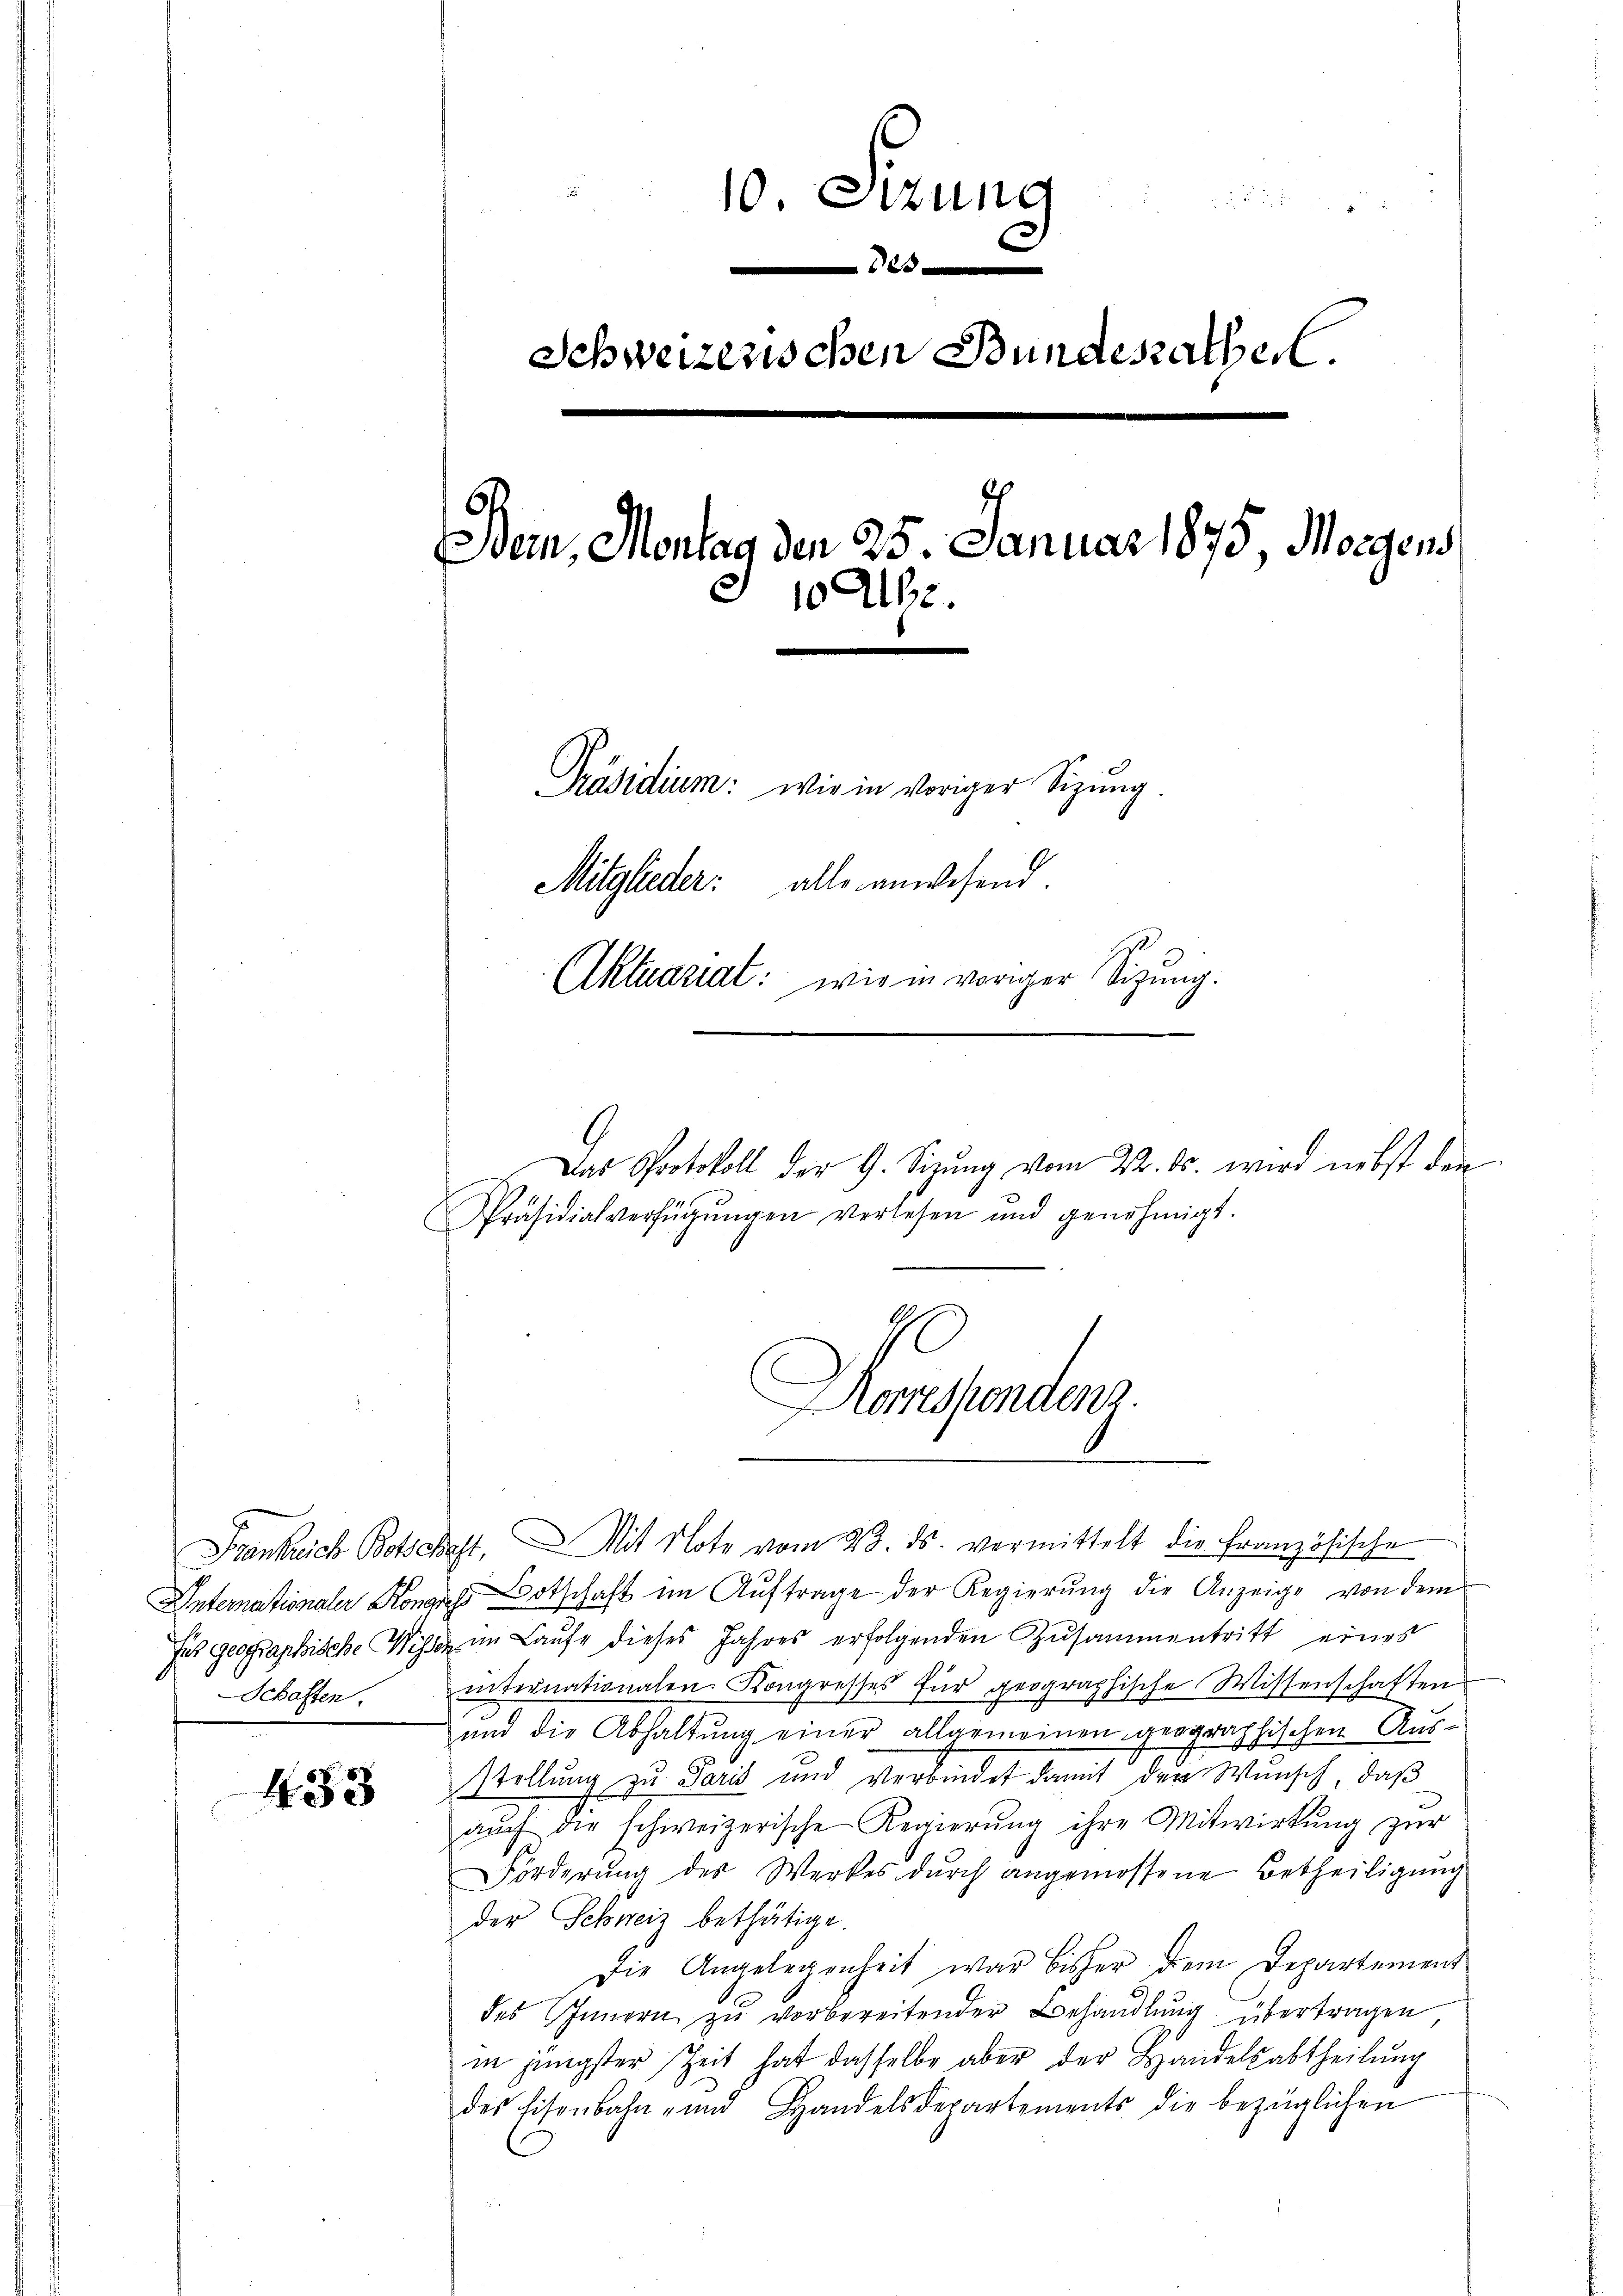
Schaften.

433

1
10. Sitzung

Schweizerischen Bundesrathe.
Ben, Montag den 25. Januar 1875, Morgens
10 Uhr.
Präsidium: wir in voriger Sitzung.
Mitglieder: alle anwesend.
Aktuariat: wie in voriger Sitzung.

Präsidialverfügŭngen verlesen und genehmigt.

Frankrich Botschaft, Mit Note vom 23. ds. vermittelt die Französische
Unternationaler Kons Botschaft im Auftrage der Regierung die Anzeige von dem
fus geographische Wisse im Laŭfe dieses Jahres erfolgenden Zusammentritt eines
internationalen Kongresses für geographische Wissenschaften
und die Abhaltŭng einer allgemeinen geographischen Ausstellung zu Paris und Verbindet damit der Wunsch, daß
aŭch die schweizerische Regierŭng ihre Mitwirkung zŭr
Forderung des Werkes durch angemessene Betheiligung
der Schweiz bethätige.
Die Angelegenheit war bisher dem Departement
des Innern zu vorbereitender Behandlung übertragen
in jüngster Zeit hat dasselbe aber der Handelsabtheilung
des Eisenbahn- und Handelsdepartements die bezüglichen

Das Protokoll der G. Sitzung vom 22. ds. wird nebst den

Komenten.